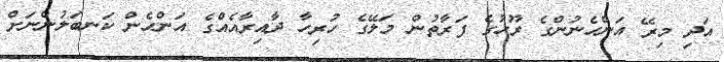
އަދި މިރޭ އަންހެނުންގެ ރޫހުގެ ފަރާތުން މަލޭގެ ހުރިހާ ދާއިރާއެއްގެ އަންހެން ކަނބަލުންނަށް